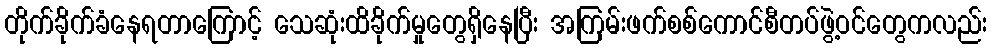
တိုက်ခိုက်ခံနေရတာကြောင့် သေဆုံးထိခိုက်မှုတွေရှိနေပြီး အကြမ်းဖက်စစ်ကောင်စီတပ်ဖွဲ့ဝင်တွေကလည်း